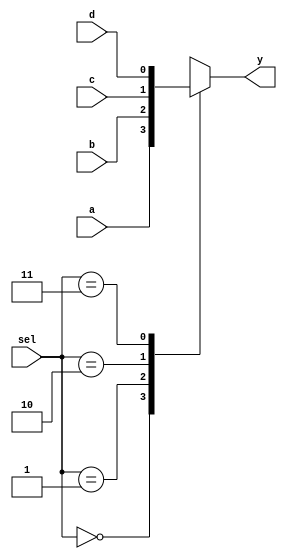
module mvp_mux4(
	y,
	sel,
	a,
	b,
	c,
	d
);
// synopsys template
parameter WIDTH = 1;

output [WIDTH-1:0] y;
reg [WIDTH-1:0] y;

input  [1:0] sel;
input  [WIDTH-1:0] a;
input  [WIDTH-1:0] b;
input  [WIDTH-1:0] c;
input  [WIDTH-1:0] d;

//verilint 550 off  // Mux is inferred
always @(sel or a or b or c or d)
begin
	case(sel)
		2'b00 :		y = a;
		2'b01 : 	y = b;
		2'b10 : 	y = c;
		2'b11 : 	y = d;
		default: 	y = {WIDTH{1'bx}};
	endcase
end
//verilint 550 on  // Mux is inferred

endmodule